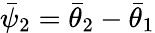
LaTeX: \bar{\psi}_{2}=\bar{\theta}_{2}-\bar{\theta}_{1}